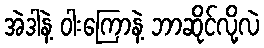
အဲဒါနဲ့ ဝါးကြောနဲ့ ဘာဆိုင်လို့လဲ